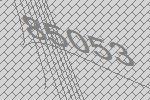
85053